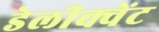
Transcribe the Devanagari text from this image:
डेलीक्वेंट